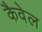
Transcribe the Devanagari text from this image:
कैवेल